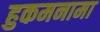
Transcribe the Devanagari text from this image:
हुकमनामा